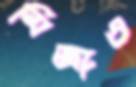
মির্জাও